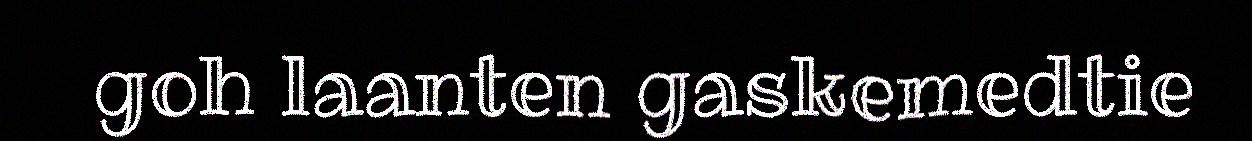
goh laanten gaskemedtie